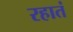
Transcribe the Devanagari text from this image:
रहातं